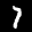
Label: 7